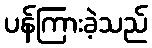
ပန်ကြားခဲ့သည်